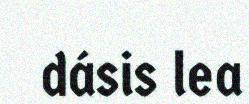
dásis lea